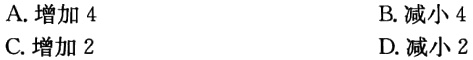
A. 增加 4
B. 减小 4
C. 增加 2
D. 减小 2